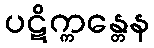
ပဋိက္ကန္တေန